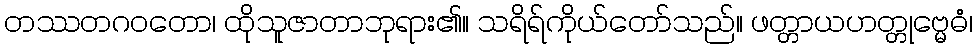
တဿတဂဝတော၊ ထိုသူဇာတာဘုရား၏။ သရိရ်ကိုယ်တော်သည်။ ဖတ္တာယဟတ္တုဗ္မေဓံ၊